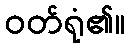
ဝတ်ရုံ၏။